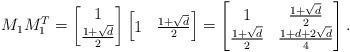
LaTeX: \begin{align*}M_1M_1^T=\begin{bmatrix}1\\\frac{1+\sqrt{d}}{2}\end{bmatrix}\begin{bmatrix}1&\frac{1+\sqrt{d}}{2}\end{bmatrix}=\begin{bmatrix}1&\frac{1+\sqrt{d}}{2}\\\frac{1+\sqrt{d}}{2}&\frac{1+d+2\sqrt{d}}{4}\end{bmatrix}.\end{align*}